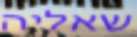
שאליה